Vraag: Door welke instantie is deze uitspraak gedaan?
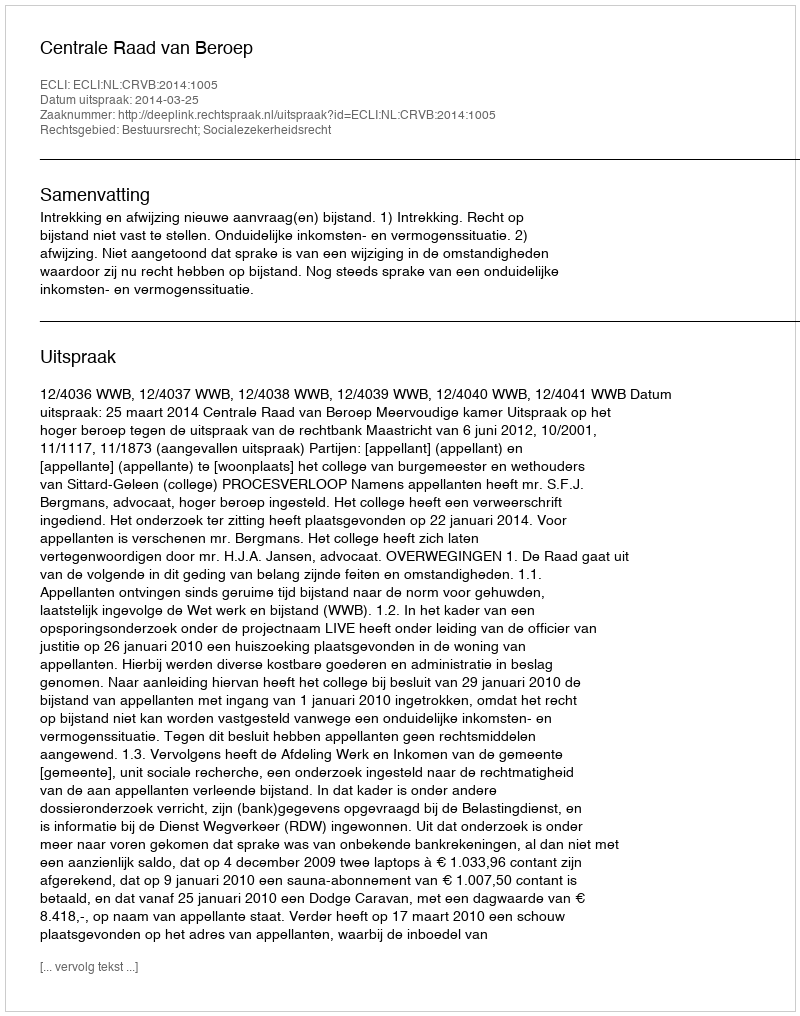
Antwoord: Centrale Raad van Beroep